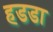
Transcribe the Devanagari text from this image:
हडडा